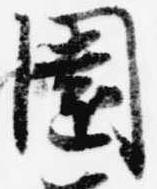
園